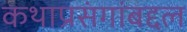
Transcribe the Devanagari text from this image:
कथाप्रसंगांबद्दल